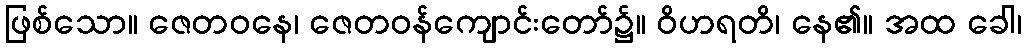
ဖြစ်သော။ ဇေတဝနေ၊ ဇေတဝန်ကျောင်းတော်၌။ ဝိဟရတိ၊ နေ၏။ အထ ခေါ၊